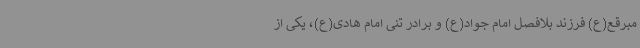
مبرقع(ع) فرزند بلافصل امام جواد(ع) و برادر تنی امام هادی(ع)، یکی از